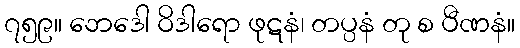
၇၅၉။ ဘေဒေါ ဝိဒါရော ဖုဋနံ၊ တပ္ပနံ တု စ ပီဏနံ။